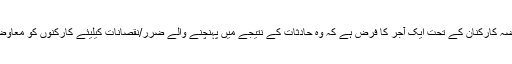
قانون معاوضہ کارکنان کے تحت ایک آجر کا فرض ہے کہ وہ حادثات کے نتیجے میں پہنچنے والے ضرر/نقصانات کیلیئے کارکنوں کو معاوضہ ادا کرے۔